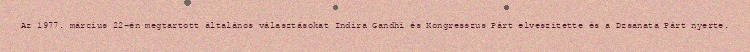
Az 1977. március 22-én megtartott általános választásokat Indira Gandhi és Kongresszus Párt elveszítette és a Dzsanata Párt nyerte.